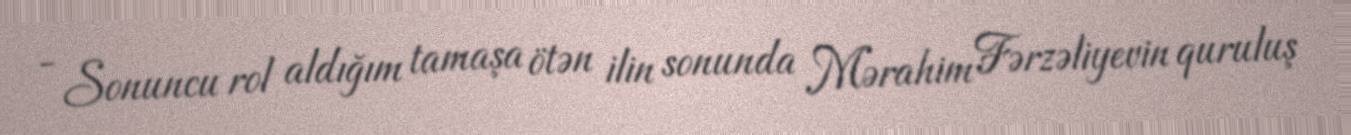
- Sonuncu rol aldığım tamaşa ötən ilin sonunda Mərahim Fərzəliyevin quruluş